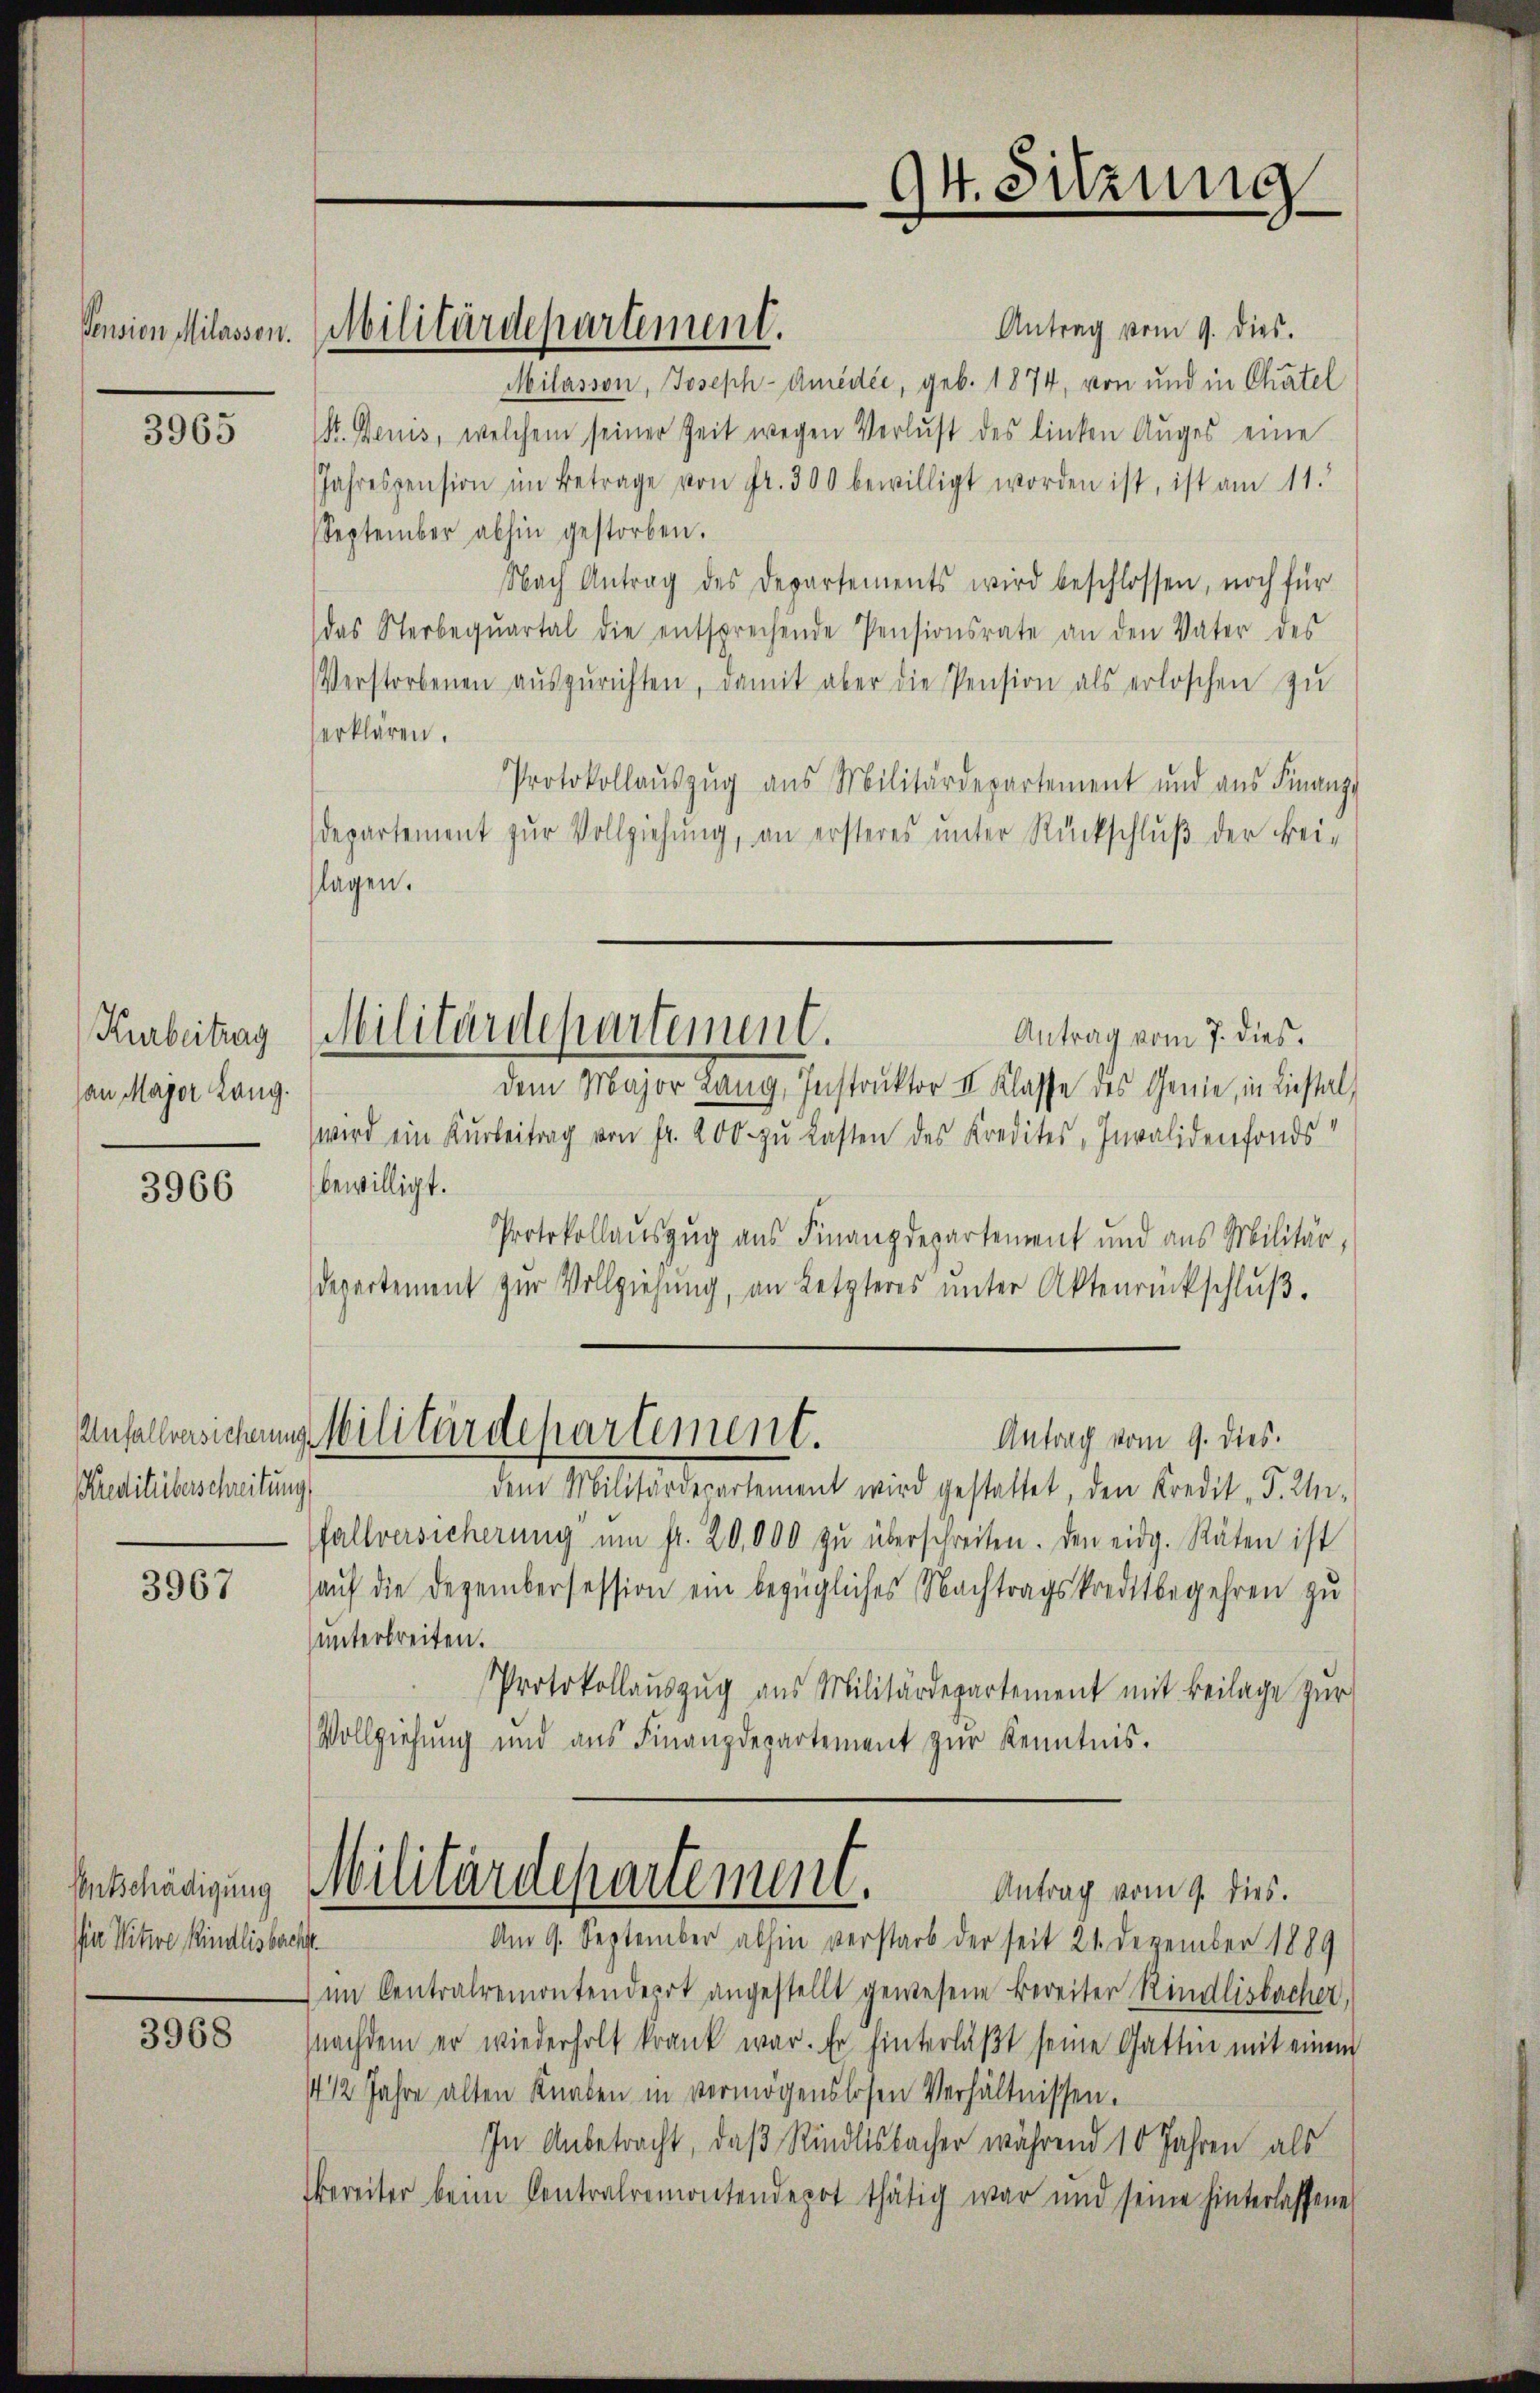
Pension Milassen.

3965

Kurbeitrag
an Major Lang.

3966

Preditüberschreibung

3967

Ie Witwe Kindlisbachst

3968

Militärdepartement.

Antrag vom 9. dies.
Milasson, Joseph-Amédée, geb. 1874, von und in Chatel
k. Denis, welchem seiner Zeit wegen Verlust des linken Aŭges eine
Jahrespension im Betrage von fr. 300 bewilligt worden ist, ist am 11.
September abhin gestorben.
Nach Antrag des Departements wird beschlossen, noch für
das Sterbeqŭartal die entsprechende Pensionsrate an den Vater des
Verstorbenen aŭszŭrichten, damit aber die Pension als erloschen zu
erklären.
Protokollaŭszŭg ans Militärdepartement und aus Finanz-
departement zur Vollziehung, an ersteres unter Rückschluß der Bei-
lagen.
Antrag vom 7. dies
dem Major Lang, Instruktor II. Klasse des Genie, in Liestal,
wird ein Kŭrbeitrag von fr. 200 zŭ lasten des Kredites, Invalidenfonds
bewilligt.
Protokollauszug aus Finanzdepartement und aus Militär,
departement zŭr Vollziehŭng, an Letzteres ŭnter Aktenrückschlŭβ.
Anfallensichen Militärdepartement.
Antrag vom 9. dies.
dem Militärdepartement wird gestattet, den Kredit F. Un-
fallversicherŭng ŭm fr. 20,000 zŭ überschreiten. Den eidg. Räten ist
auf die Dezembersession ein bezügliches Nachtragskreditbegehren zu
unterbreiten.
Protokollauszug aus Militärdepartement mit Beilage zur
Vollziehung und aus Finanzdepartement zur Kenntnis.
Entschädigung Militärdepartement.
Antrag vom 9. dies.
Am 9. September abhin verstarb der seit 21 Dezember 1889
im Centralremontendepot angestellt gewesene Bereiter Rindlisbacher,
nachdem er wiederholt krank war. Er hinterläßt seine Gattin mit einem
4 1/2 Jahre alten Knaben in vermögenslosen Verhältnissen.
In Anbetracht, daß Rindlisbacher während 10 Jahren als
bereiter beim Centralremontendepot thätig war und seine hinterlassene

Militärdepartement.

94. Sitzung